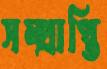
সম্প্রাপ্তি